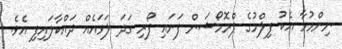
ނިންމުމާ އެކު ފިލްމުގެ ޕްރޮމޯޝަން ފަށައި ފޯރި ގަދަ ލަވައެއް ދައްކާލައިފި އެވެ.